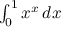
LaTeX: \textstyle \int _ { 0 } ^ { 1 } x ^ { x } \, d x